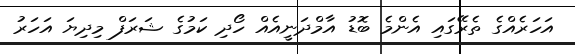
އަހަރެއްގެ ތެރޭގައި އެންމެ ބޮޑު އާމްދަނީއެއް ހޯދި ކަމުގެ ޝަރަފް މިދިޔަ އަހަރު